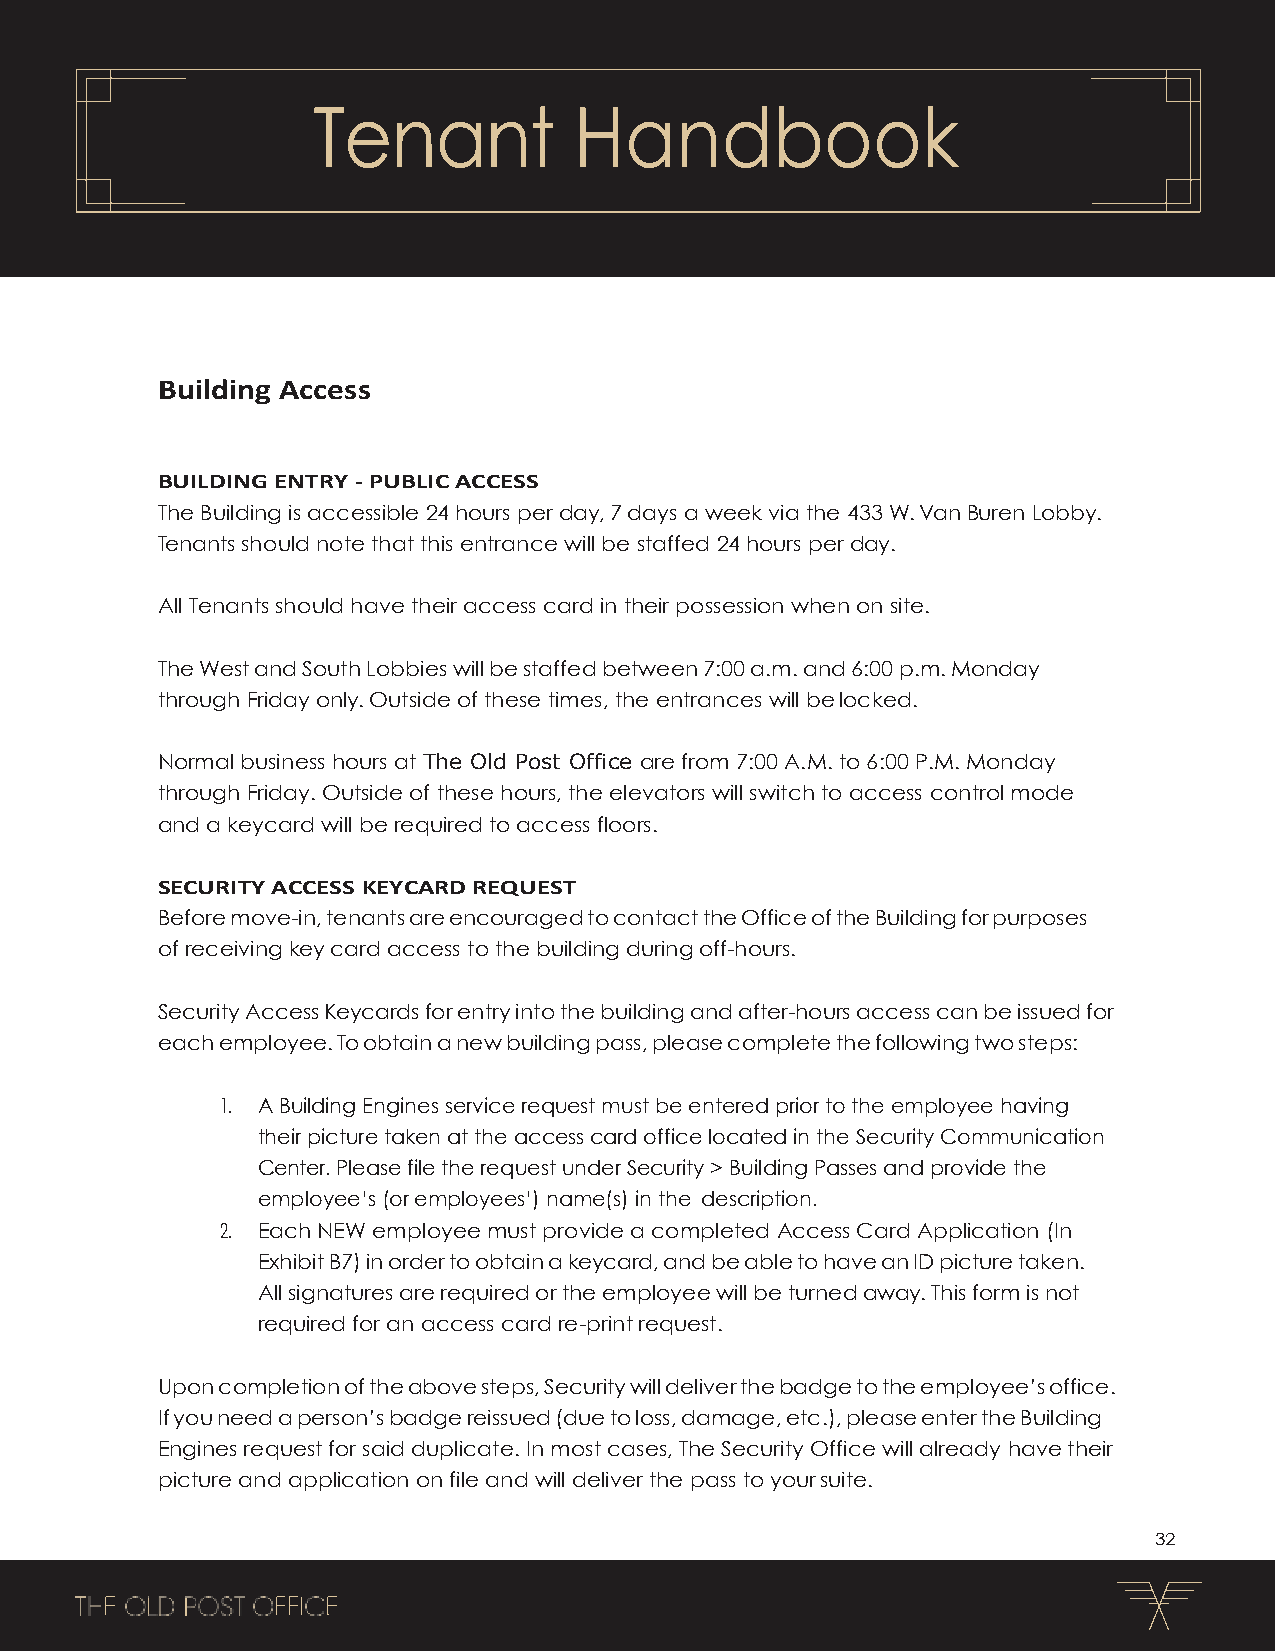
Tenant           Handbook
 Building Access
 BUILDING ENTRY - PUBLIC ACCESS
 The Building is accessible 24 hours per day, 7 days a week via the 433 W. Van Buren Lobby.
 Tenants should note that this entrance will be staffed 24 hours per day.
 All Tenants should have their access card in their possession when on site.
 The West and South Lobbies will be staffed between 7:00 a.m. and 6:00 p.m. Monday
 through Friday only. Outside of these times, the entrances will be locked.
 Normal business hours at The Old Post Office are from 7:00 A.M. to 6:00 P.M. Monday
 through Friday. Outside of these hours, the elevators will switch to access control mode
 and a keycard will be required to access floors.
 SECURITY ACCESS KEYCARD REQUEST
 Before move-in, tenants are encouraged to contact the Office of the Building for purposes
 of receiving key card access to the building during off-hours.
 Security Access Keycards for entry into the building and after-hours access can be issued for
 each employee. To obtain a new building pass, please complete the following two steps:
 1. A Building Engines service request must be entered prior to the employee having
 their picture taken at the access card office located in the Security Communication
 Center. Please file the request under Security > Building Passes and provide the
 employee’s (or employees’) name(s) in the description.
 2. Each NEW employee must provide a completed Access Card Application (In
 Exhibit B7) in order to obtain a keycard, and be able to have an ID picture taken.
 All signatures are required or the employee will be turned away. This form is not
 required for an access card re-print request.
 Upon completion of the above steps, Security will deliver the badge to the employee’s office.
 If you need a person’s badge reissued (due to loss, damage, etc.), please enter the Building
 Engines request for said duplicate. In most cases, The Security Office will already have their
 picture and application on file and will deliver the pass to your suite.
 32